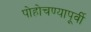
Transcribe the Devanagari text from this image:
पोहोचण्यापूर्वी